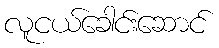
လူငယ်ခေါင်းဆောင်